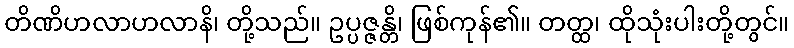
တိဏိဟလာဟလာနိ၊ တို့သည်။ ဥပ္ပဇ္ဇန္တိ၊ ဖြစ်ကုန်၏။ တတ္ထ၊ ထိုသုံးပါးတို့တွင်။